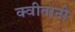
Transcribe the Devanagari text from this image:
क्वीतानी